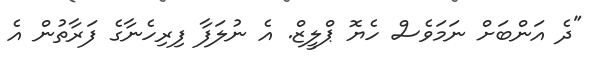
"ދެ އަންބަށް ނަމަވެސް ހެޔޮ ޕްލީޒް. އެ ނުލަފާ ފިރިހެނާގެ ފަރާތުން އެ